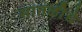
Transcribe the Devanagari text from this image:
सातळीचे